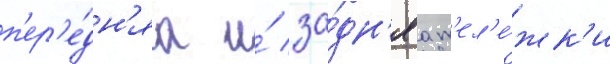
п'ер'е́дн'яа и́ за́дн'яа т'ел'е́жк'и